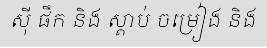
ស៊ី ផឹក និង ស្តាប់ ចម្រៀង និង